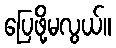
ပြေဖို့မလွယ်။